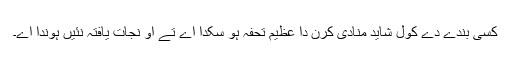
کسی بندے دے کول شاید منادی کرن دا عظیم تحفہ ہو سکدا اے تے اُو نجات یافتہ نئیں ہوندا اے۔